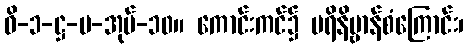
ဝိ-၁-ဋ္ဌ-ပ-အုပ်-၁၀။ ကောင်းကင်၌ ပရိနိဗ္ဗာန်စံကြောင်း၊